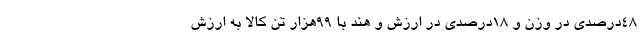
48درصدی در وزن و 18درصدی در ارزش و هند با 99هزار تن کالا به ارزش